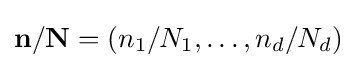
\mathbf {n} /\mathbf {N} =(n_{1}/N_{1},\dots ,n_{d}/N_{d})